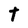
Character: T